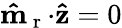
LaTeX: \mathbf{\hat{m}}_{\mathrm{~r~}}\mathbf{\cdot}\mathbf{\hat{z}}=0